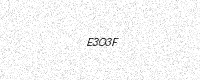
Text: E3O3F